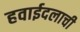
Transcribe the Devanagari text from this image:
हवाईदलाची